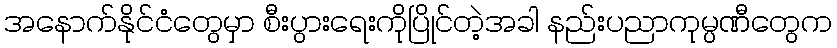
အနောက်နိုင်ငံတွေမှာ စီးပွားရေးကိုပြိုင်တဲ့အခါ နည်းပညာကုမ္ပဏီတွေက